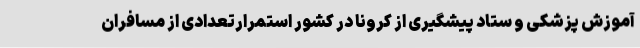
آموزش پزشکی و ستاد پیشگیری از کرونا در کشور استمرارتعدادی از مسافران